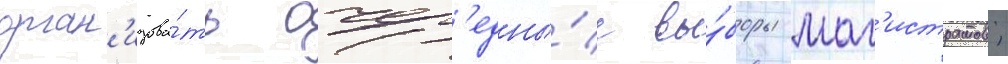
орган'изова́ть очер'едны́е вы́боры маг'истратов;